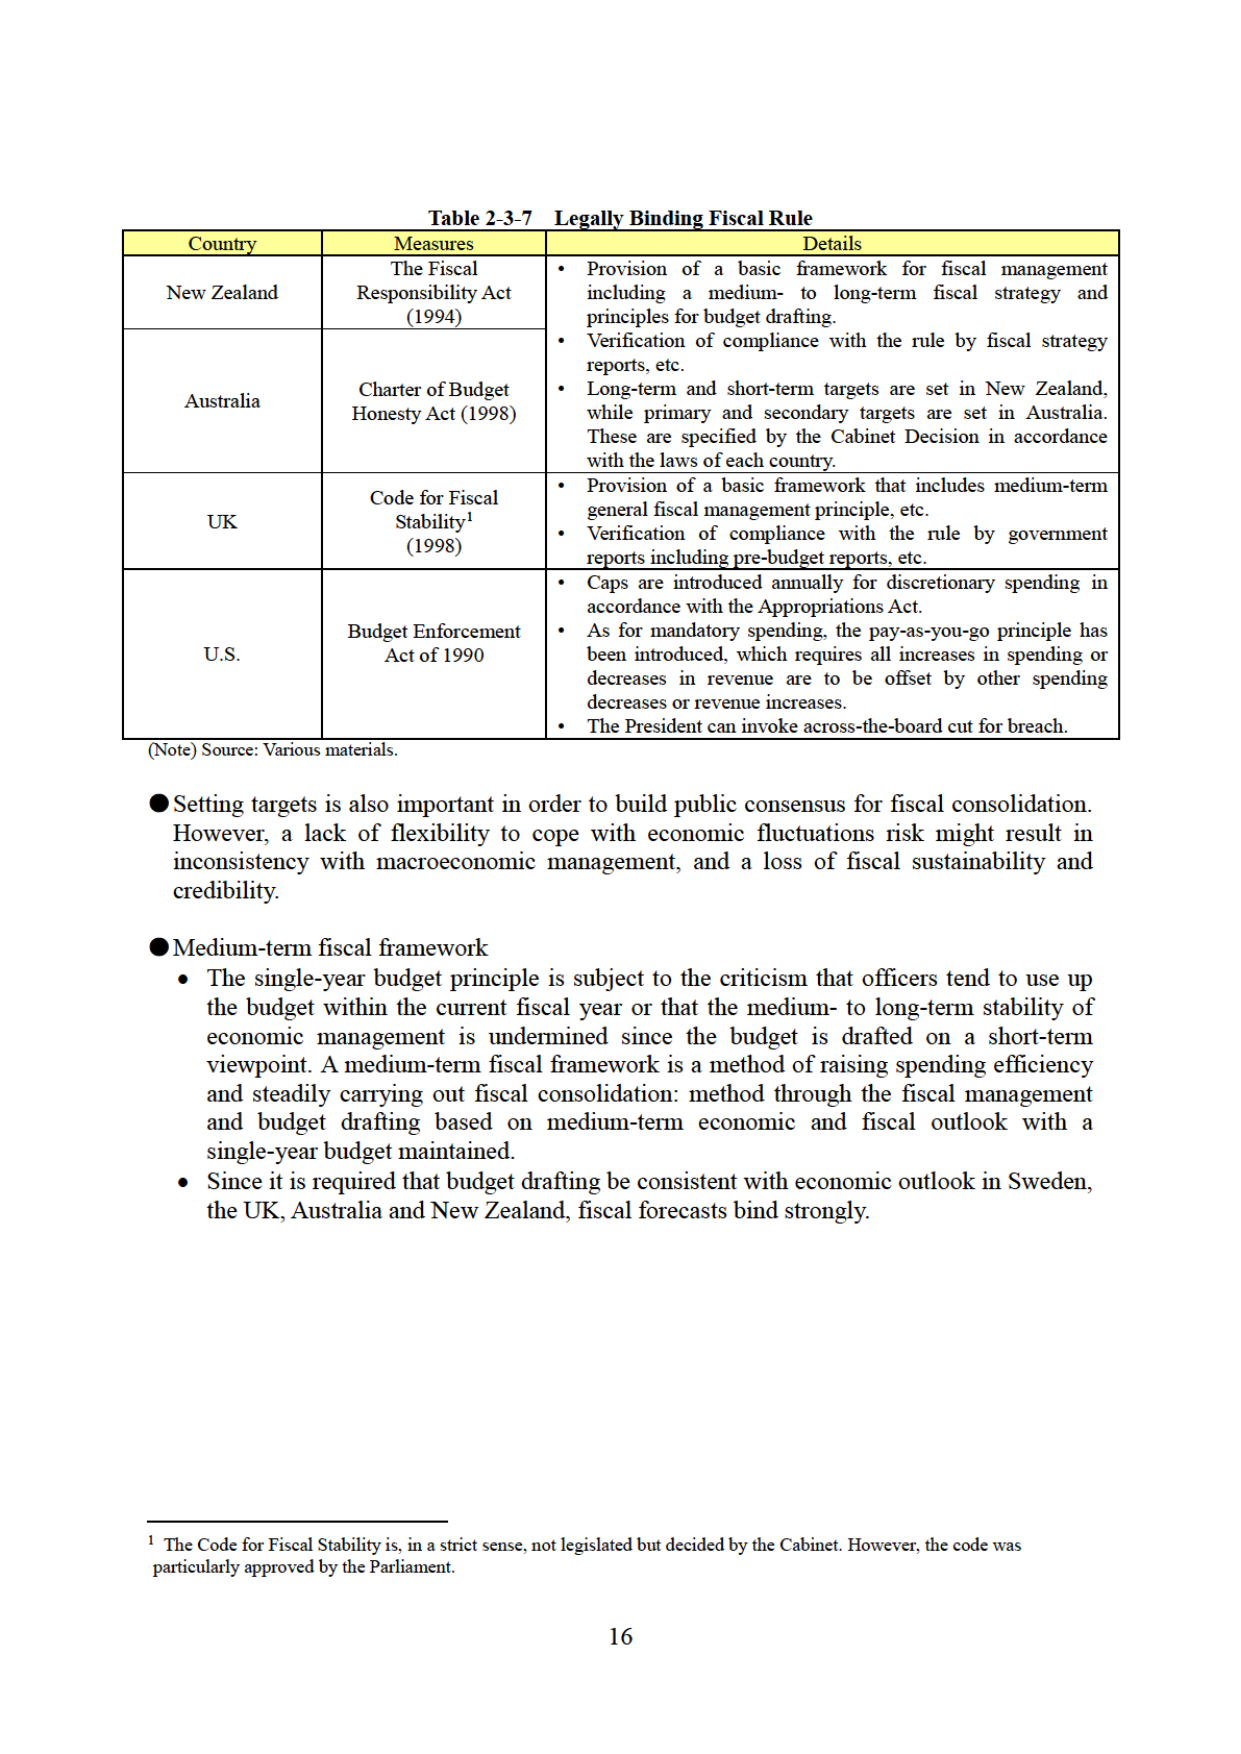
Table 2-3-7 Legally Binding Fiscal Rule

Country Measures Details
New Zealand The Fiscal Responsibility Act (1994) • Provision of a basic framework for fiscal management including a medium- to long-term fiscal strategy and principles for budget drafting.
• Verification of compliance with the rule by fiscal strategy reports, etc.
• Long-term and short-term targets are set in New Zealand, while primary and secondary targets are set in Australia. These are specified by the Cabinet Decision in accordance with the laws of each country.
Australia Charter of Budget Honesty Act (1998)
UK Code for Fiscal Stability¹ (1998) • Provision of a basic framework that includes medium-term general fiscal management principle, etc.
• Verification of compliance with the rule by government reports including pre-budget reports, etc.
U.S. Budget Enforcement Act of 1990 • Caps are introduced annually for discretionary spending in accordance with the Appropriations Act.
• As for mandatory spending, the pay-as-you-go principle has been introduced, which requires all increases in spending or decreases in revenue are to be offset by other spending decreases or revenue increases.
• The President can invoke across-the-board cut for breach.

(Note) Source: Various materials.

● Setting targets is also important in order to build public consensus for fiscal consolidation. However, a lack of flexibility to cope with economic fluctuations risk might result in inconsistency with macroeconomic management, and a loss of fiscal sustainability and credibility.

● Medium-term fiscal framework
• The single-year budget principle is subject to the criticism that officers tend to use up the budget within the current fiscal year or that the medium- to long-term stability of economic management is undermined since the budget is drafted on a short-term viewpoint. A medium-term fiscal framework is a method of raising spending efficiency and steadily carrying out fiscal consolidation: method through the fiscal management and budget drafting based on medium-term economic and fiscal outlook with a single-year budget maintained.
• Since it is required that budget drafting be consistent with economic outlook in Sweden, the UK, Australia and New Zealand, fiscal forecasts bind strongly.

¹ The Code for Fiscal Stability is, in a strict sense, not legislated but decided by the Cabinet. However, the code was particularly approved by the Parliament.

16